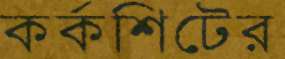
কর্কশিটের